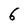
Character: 6